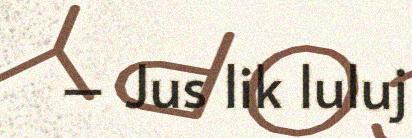
– Jus lik luluj